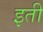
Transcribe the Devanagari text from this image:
इती